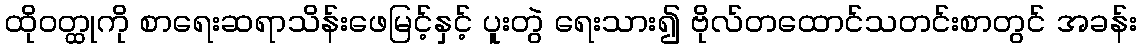
ထိုဝတ္ထုကို စာရေးဆရာသိန်းဖေမြင့်နှင့် ပူးတွဲ ရေးသား၍ ဗိုလ်တထောင်သတင်းစာတွင် အခန်း